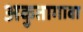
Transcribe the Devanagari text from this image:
अकुतागावा